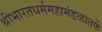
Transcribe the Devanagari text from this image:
श्रीभारतधर्ममहामंडळातर्फे